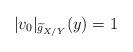
LaTeX: \begin{align*}|v_0|_{\widetilde{g}_{X/Y}} (y) =1\end{align*}